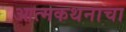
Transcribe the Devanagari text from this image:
आत्मकथनाचा